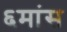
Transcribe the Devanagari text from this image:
६मांस